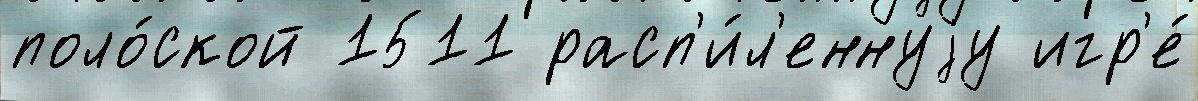
поло́ской 1511 расп'и́л'еннуjу игр'е́